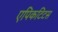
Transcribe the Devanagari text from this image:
एपिकटिटस